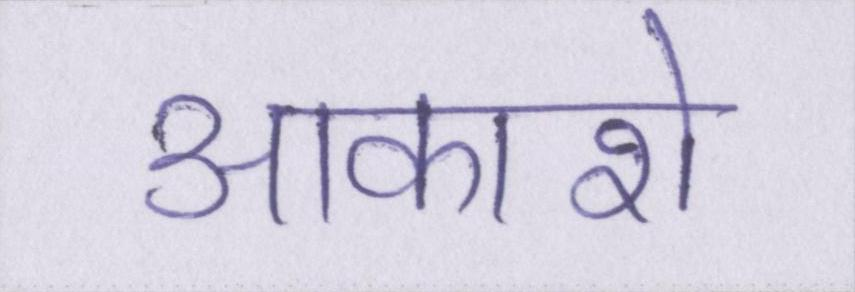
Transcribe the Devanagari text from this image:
आकाशे